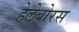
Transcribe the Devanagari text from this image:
हेलेबोरस